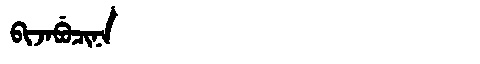
Manchu: ᠪᡳᠵᠠᠪᡠᠴᡳᠨᠠ
Romanization: BIJABUCINA